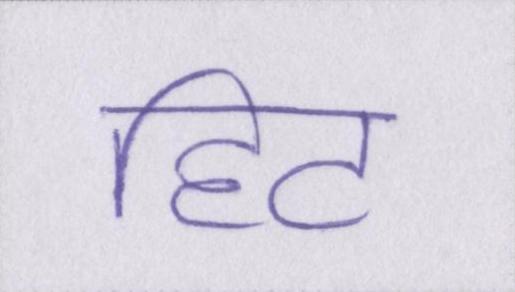
हिट